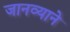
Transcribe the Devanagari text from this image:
जानव्याने